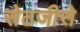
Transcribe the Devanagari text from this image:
सेठजीसे